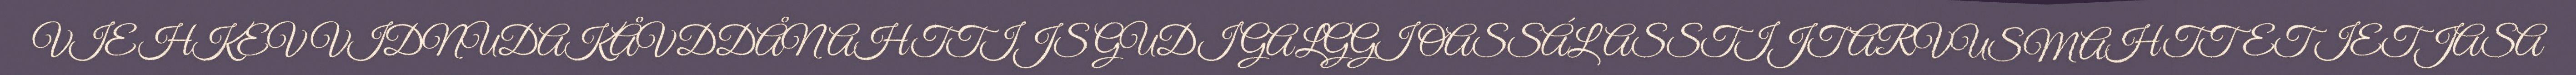
VIEHKEV VIDNUDAKÅVDDÅNAHTTIJS GUDI GALGGI OASSÁLASSTIJT ARVUSMAHTTET IETJASA